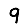
Digit: 9